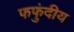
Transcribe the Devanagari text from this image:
फफुंदीय